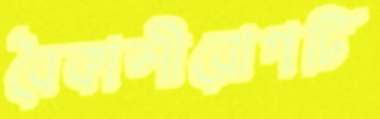
বৈকালীরোগটি